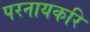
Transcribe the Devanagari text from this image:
परनायकरि